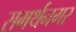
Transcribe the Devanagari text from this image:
समर्थनगर